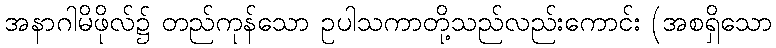
အနာဂါမိဖိုလ်၌ တည်ကုန်သော ဥပါသကာတို့သည်လည်းကောင်း (အစရှိသော